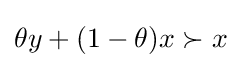
\theta y+(1-\theta )x\succ x